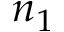
n _ { 1 }